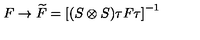
F \rightarrow \widetilde { F } = \left[ ( S \otimes S ) \tau F \tau \right] ^ { - 1 }